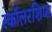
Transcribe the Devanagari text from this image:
स्कॉलरशिप्स